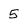
Character: 5